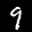
Label: 9